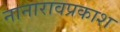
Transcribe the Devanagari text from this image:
नानारावप्रकाश